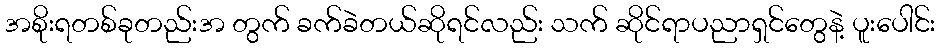
အစိုးရတစ်ခုတည်းအ တွက် ခက်ခဲတယ်ဆိုရင်လည်း သက် ဆိုင်ရာပညာရှင်တွေနဲ့ ပူးပေါင်း